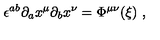
\epsilon ^ { a b } \partial _ { a } x ^ { \mu } \partial _ { b } x ^ { \nu } = \Phi ^ { \mu \nu } ( { \xi } ) \ ,